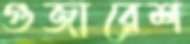
গুজারেশ